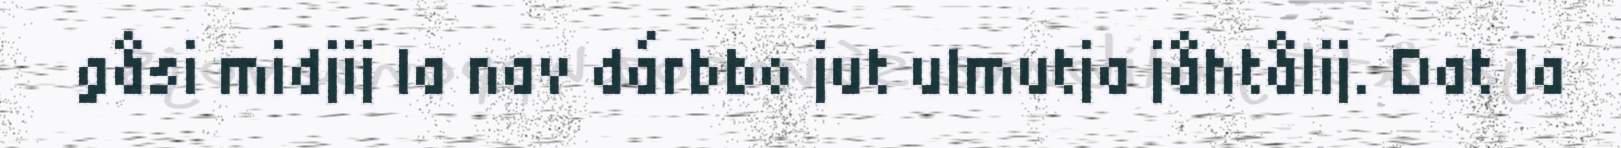
gåsi midjij la nav dárbbo jut ulmutja jåhtålij. Dat la